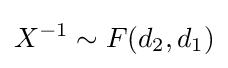
X^{-1}\sim F(d_{2},d_{1})